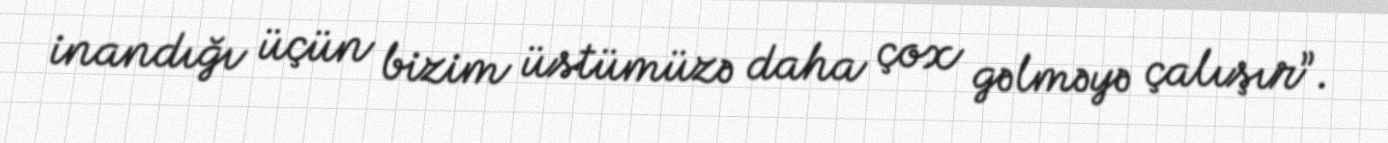
inandığı üçün bizim üstümüzə daha çox gəlməyə çalışır”.